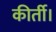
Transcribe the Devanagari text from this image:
कीर्ती।